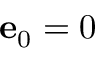
{ \bf e } _ { 0 } = 0